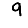
Digit: 9